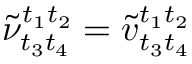
\tilde { \nu } _ { t _ { 3 } t _ { 4 } } ^ { t _ { 1 } t _ { 2 } } = \tilde { v } _ { t _ { 3 } t _ { 4 } } ^ { t _ { 1 } t _ { 2 } }